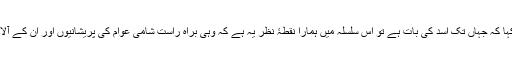
انہوں نے شام اور عراق سے متعلق ڈیووس کے عالمی اقتصادی فورم میں کہا کہ جہاں تک اسد کی بات ہے تو اس سلسلہ میں ہمارا نقطۂ نظر یہ ہے کہ وہی براہ راست شامی عوام کی پریشانیوں اور ان کے آلام ومصائب کے ذمہ دار ہیں لیکن ہم پر ضروری ہے کہ ہم حقیقت پسند ہوں۔